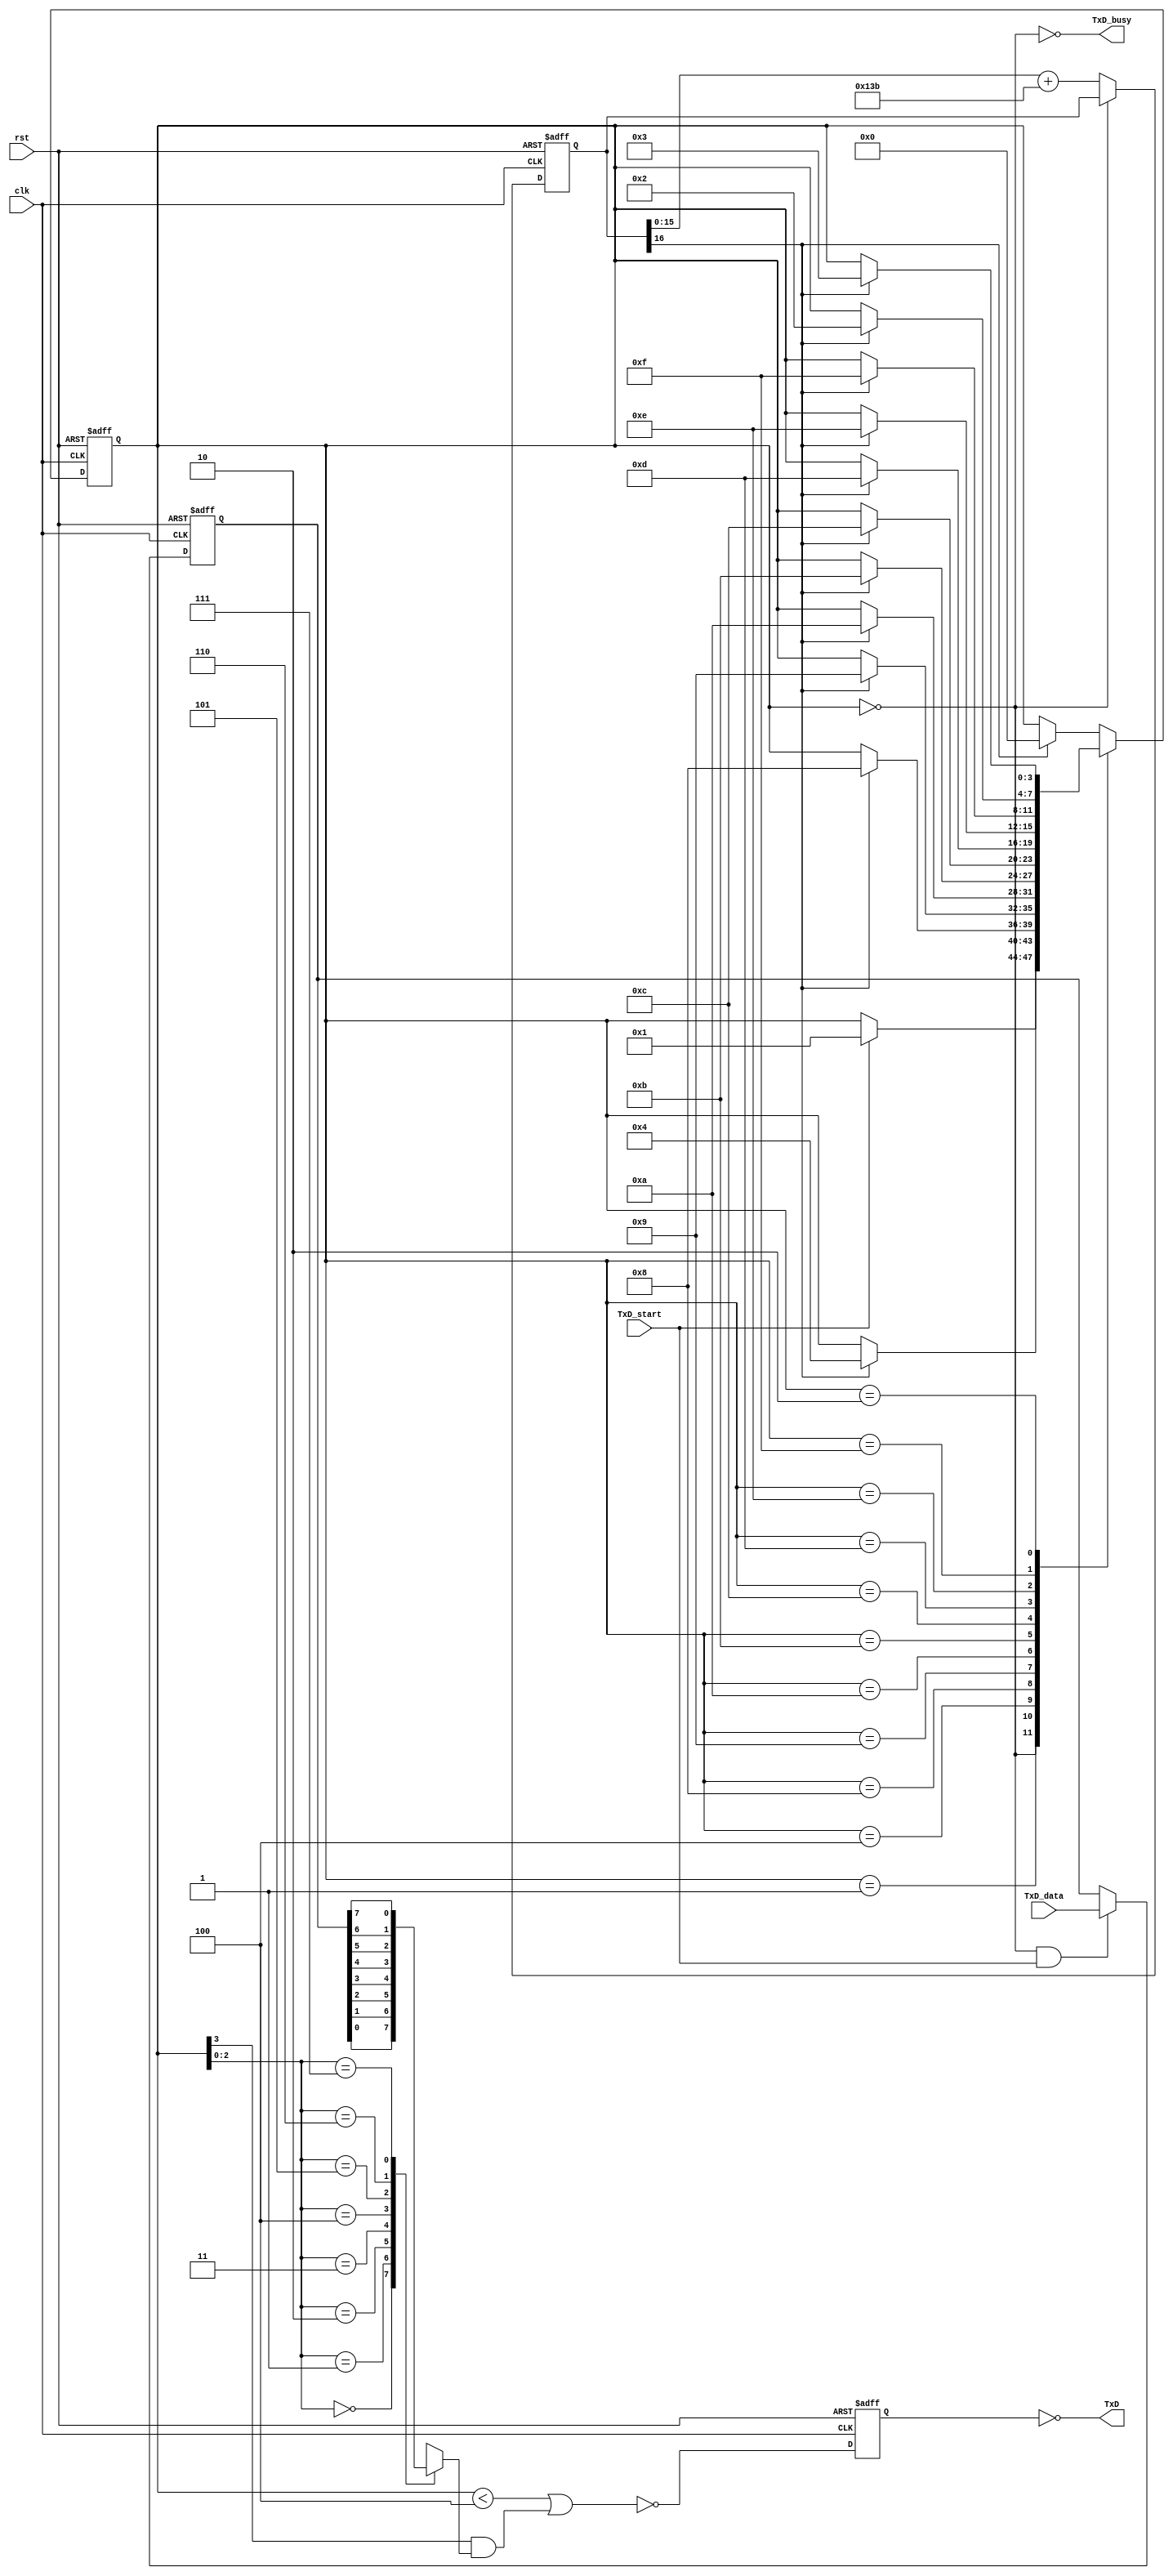
// RS-232 TX module

//`define DEBUG   // in DEBUG mode, we output one bit per clock cycle (useful for faster simulations)

module async_transmitter(clk, rst, TxD_start, TxD_data, TxD, TxD_busy);
input clk, rst, TxD_start;
input [7:0] TxD_data;
output TxD, TxD_busy;

parameter ClkFrequency = 24000000;	// 24MHz
parameter Baud = 115200;
parameter RegisterInputData = 1;	// in RegisterInputData mode, the input doesn't have to stay valid while the character is been transmitted

// Baud generator
parameter BaudGeneratorAccWidth = 16;
reg [BaudGeneratorAccWidth:0] BaudGeneratorAcc;
`ifdef DEBUG
wire [BaudGeneratorAccWidth:0] BaudGeneratorInc = 17'h10000;
`else
wire [BaudGeneratorAccWidth:0] BaudGeneratorInc = ((Baud<<(BaudGeneratorAccWidth-4))+(ClkFrequency>>5))/(ClkFrequency>>4);
`endif

wire BaudTick = BaudGeneratorAcc[BaudGeneratorAccWidth];
wire TxD_busy;
always @(posedge clk or posedge rst) if(rst) BaudGeneratorAcc<=0; else if(TxD_busy) BaudGeneratorAcc<=BaudGeneratorAcc[BaudGeneratorAccWidth-1:0] + BaudGeneratorInc;

// Transmitter state machine
reg [3:0] state;
wire TxD_ready = (state==0);
assign TxD_busy = ~TxD_ready;

reg [7:0] TxD_dataReg;
always @(posedge clk or posedge rst) if(rst) TxD_dataReg<=1'b0; else if(TxD_ready & TxD_start) TxD_dataReg<=TxD_data;
wire [7:0] TxD_dataD = RegisterInputData ? TxD_dataReg : TxD_data;

always @(posedge clk or posedge rst)
if(rst)
	state <= 4'b0000;
else
case(state)
	4'b0000: if(TxD_start) state <= 4'b0001;
	4'b0001: if(BaudTick) state <= 4'b0100;
	4'b0100: if(BaudTick) state <= 4'b1000;  // start
	4'b1000: if(BaudTick) state <= 4'b1001;  // bit 0
	4'b1001: if(BaudTick) state <= 4'b1010;  // bit 1
	4'b1010: if(BaudTick) state <= 4'b1011;  // bit 2
	4'b1011: if(BaudTick) state <= 4'b1100;  // bit 3
	4'b1100: if(BaudTick) state <= 4'b1101;  // bit 4
	4'b1101: if(BaudTick) state <= 4'b1110;  // bit 5
	4'b1110: if(BaudTick) state <= 4'b1111;  // bit 6
	4'b1111: if(BaudTick) state <= 4'b0010;  // bit 7
	4'b0010: if(BaudTick) state <= 4'b0011;  // stop1
	4'b0011: if(BaudTick) state <= 4'b0000;  // stop2
	default: if(BaudTick) state <= 4'b0000;
endcase

// Output mux
reg muxbit;
always @( * )
case(state[2:0])
	3'd0: muxbit <= TxD_dataD[0];
	3'd1: muxbit <= TxD_dataD[1];
	3'd2: muxbit <= TxD_dataD[2];
	3'd3: muxbit <= TxD_dataD[3];
	3'd4: muxbit <= TxD_dataD[4];
	3'd5: muxbit <= TxD_dataD[5];
	3'd6: muxbit <= TxD_dataD[6];
	3'd7: muxbit <= TxD_dataD[7];
endcase

// Put together the start, data and stop bits
reg TxDn;
always @(posedge clk or posedge rst) if(rst) TxDn<=1'b0; else TxDn <= ~((state<4) | (state[3] & muxbit));  // register the output to make it glitch free
assign TxD = ~TxDn;

endmodule